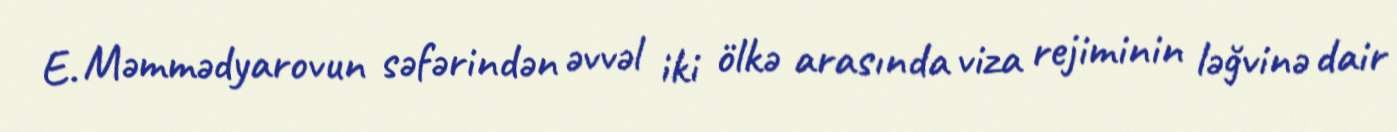
E. Məmmədyarovun səfərindən əvvəl iki ölkə arasında viza rejiminin ləğvinə dair